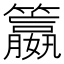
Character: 籝